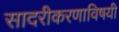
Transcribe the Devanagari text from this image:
सादरीकरणाविषयी